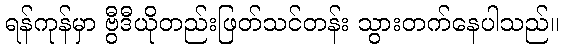
ရန်ကုန်မှာ ဗွီဒီယိုတည်းဖြတ်သင်တန်း သွားတက်နေပါသည်။